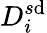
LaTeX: D_{i}^{s\mathrm{d}}